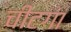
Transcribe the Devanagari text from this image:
चीटगां